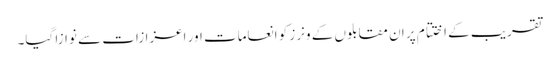
تقریب کے اختتام پر ان مقابلوں کے ونرز کو انعامات اور اعزازات سے نوازا گیا۔